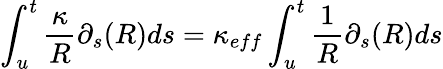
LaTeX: \int_{u}^{t}\frac{\kappa}{R}\partial_{s}(R)ds=\kappa_{eff}\int_{u}^{t}\frac{1}{R}\partial_{s}(R)ds